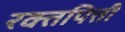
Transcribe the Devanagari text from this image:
रक्तपित्ती